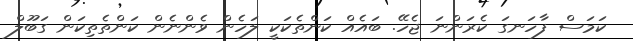
ކަމަސް ފާހަނގަ ކެރަންނަ ޖެހޭ. ބައެއް ކަންތެކަކީ ލަހެން ވެންނެން ކަންތެތިކަން ގަބޫލް